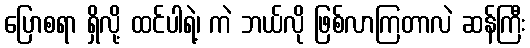
ပြောစရာ ရှိလို့ ထင်ပါရဲ့၊ ကဲ ဘယ်လို ဖြစ်လာကြတာလဲ ဆန်ကြီး